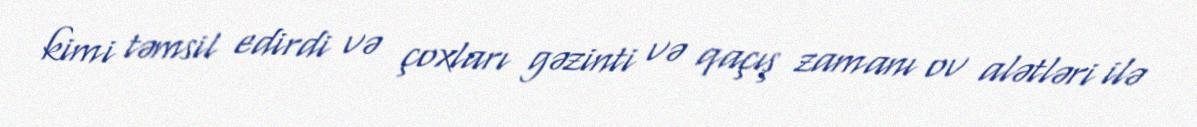
kimi təmsil edirdi və çoxları gəzinti və qaçış zamanı ov alətləri ilə